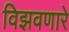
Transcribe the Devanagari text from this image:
विझवणारे